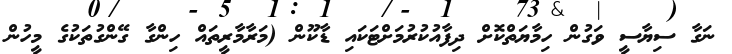
ނަގާ ސިޔާސީ ވަގުން ހިމާޔަތްކޮށް ދިފާއުކުރުމަށްޓަކައި ޑާކޫން (މަރާމާރީތައް ހިންގާ ގޭންގުތަކުގެ މީހުން